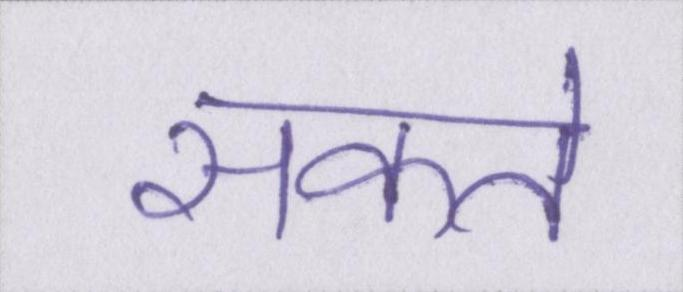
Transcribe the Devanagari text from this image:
सकते